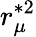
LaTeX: r_{\mu}^{\ast 2}